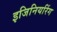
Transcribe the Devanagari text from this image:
इजिनियरिंग